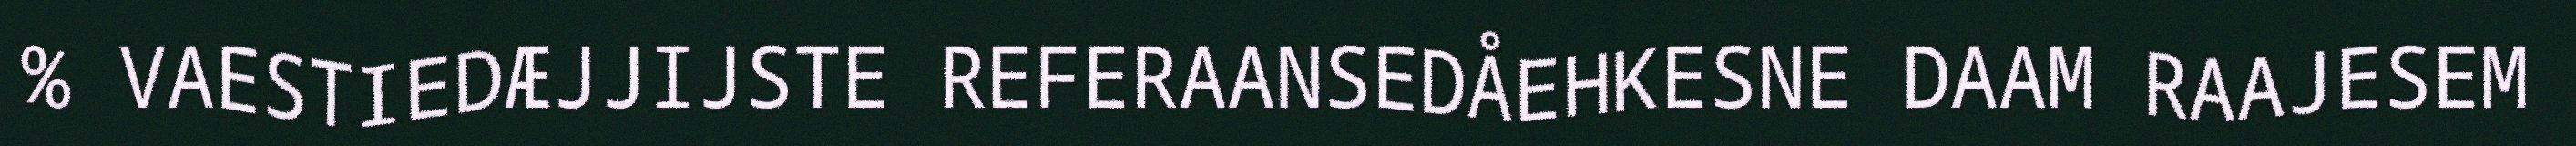
% VAESTIEDÆJJIJSTE REFERAANSEDÅEHKESNE DAAM RAAJESEM